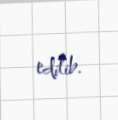
edilib.